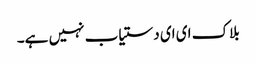
بلاک ای ای دستیاب نہیں ہے۔